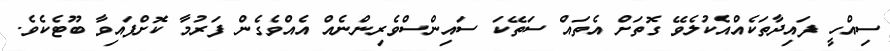
ސިއްހީ ފައިދާތަކެއްއެކުލެވޭ ގޮތަށް އެތައް ސަތޭކަ ސައިންސްވެރިންނެއް އެއްވެގެން ފަރުމާ ކޮށްފައިވާ ބޫޓެކެވެ.